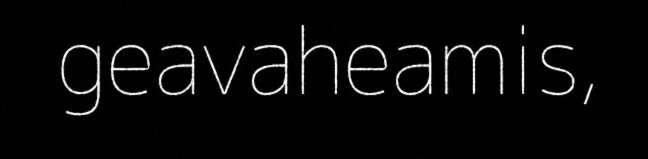
geavaheamis,